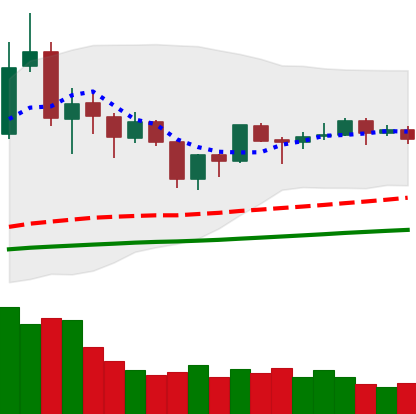
Ticker: TRX-USD
Chart end date: 2019-06-20
Forward return: 17.814%
Label: up_7plus